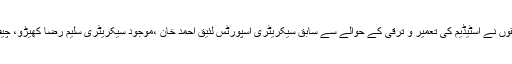
بلکہ ہمارے نوجوان منفی سرگرمیوں سے دور رہ کر کھیل کے میدان کو آباد کرینگے اسپورٹس حلقوں نے اسٹیڈیم کی تعمیر و ترقی کے حوالے سے سابق سیکریٹری اسپورٹس لئیق احمد خان ،موجود سیکریٹری سلیم رضا کھیڑو، چیف انجینئر اسلم مہر وزیر کھیل کے پرائیویٹ سیکریٹری عادل جمانی کی خدمات کو بھی سراہا ہے۔